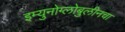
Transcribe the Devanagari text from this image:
इम्युनोग्लोबुलीनचा